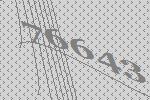
76643